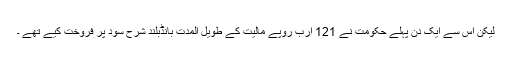
لیکن اس سے ایک دن پہلے حکومت نے 121 ارب روپے مالیت کے طویل المدت بانڈبلند شرح سود پر فروخت کیے تھے ۔